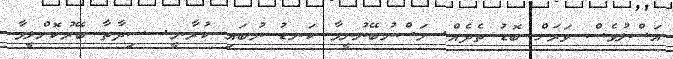
އަސްލުވެސް ވަރަށް ބޮޑު ތެދެއް. މަސްނުބޭނުނީމާ ކަނޑު ނުބައި ކުރާނީ. ސިދާތާ ބޭރުކޮށްލީމާ